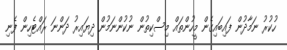
ހުކުރު ނަމާދުން ފައިބައިގެން މީހުންތައް މިސްކިތުން ނުކުންނަމުން ދިޔައިރު ދަންނަ ރައްޓެހިން ފެނި